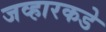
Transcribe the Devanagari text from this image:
जव्हारकडे